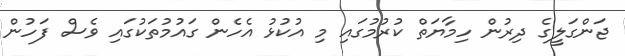
ޖަންގަލީގެ ދިރުން ހިމާޔަތް ކުރުމުގައި މި އުކުޅު އެހެން ގައުމުތަކުގައި ވެސް ފަހުން